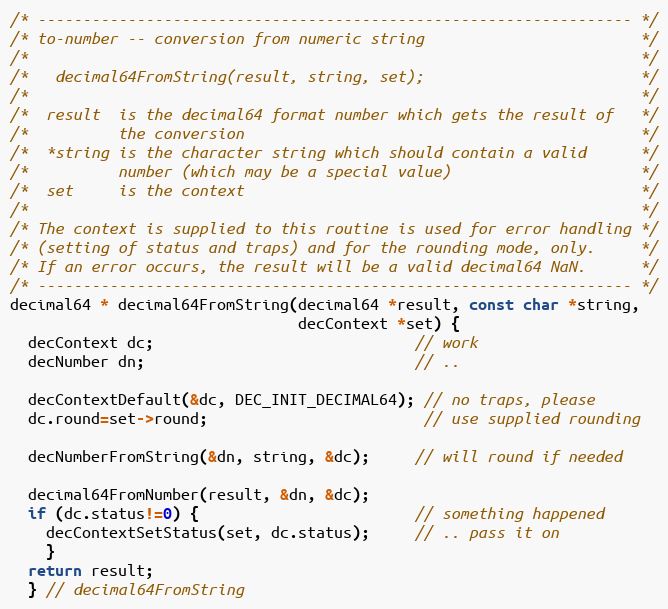
Language: C
/* ------------------------------------------------------------------ */
/* to-number -- conversion from numeric string                        */
/*                                                                    */
/*   decimal64FromString(result, string, set);                        */
/*                                                                    */
/*  result  is the decimal64 format number which gets the result of   */
/*          the conversion                                            */
/*  *string is the character string which should contain a valid      */
/*          number (which may be a special value)                     */
/*  set     is the context                                            */
/*                                                                    */
/* The context is supplied to this routine is used for error handling */
/* (setting of status and traps) and for the rounding mode, only.     */
/* If an error occurs, the result will be a valid decimal64 NaN.      */
/* ------------------------------------------------------------------ */
decimal64 * decimal64FromString(decimal64 *result, const char *string,
                                decContext *set) {
  decContext dc;                             // work
  decNumber dn;                              // ..

  decContextDefault(&dc, DEC_INIT_DECIMAL64); // no traps, please
  dc.round=set->round;                        // use supplied rounding

  decNumberFromString(&dn, string, &dc);     // will round if needed

  decimal64FromNumber(result, &dn, &dc);
  if (dc.status!=0) {                        // something happened
    decContextSetStatus(set, dc.status);     // .. pass it on
    }
  return result;
  } // decimal64FromString